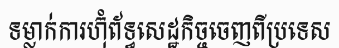
ទម្លាក់ការហ៊ុំព័ទ្ធសេដ្ឋកិច្ចចេញពីប្រទេស